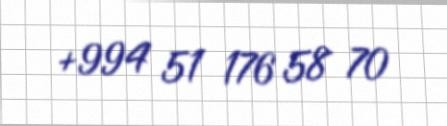
+994 51 176 58 70